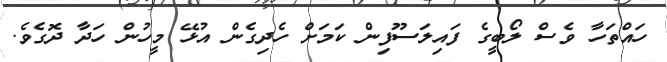
ހައްތަހާ ވެސް ލޯބީގެ ފައިލަސޫފިން ކަމަށް ހެދިގެން އުޅޭ މީހުން ހަދާ ދޮގެވެ.